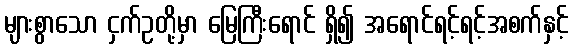
များစွာသော ငှက်ဥတို့မှာ မြေကြီးရောင် ရှိ၍ အရောင်ရင့်ရင့်အစက်နှင့်